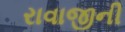
રાવાજીની